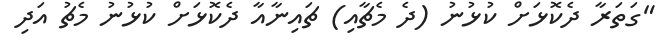
"ގަތަރާ ދެކޮޅަށް ކުޅުނު (ދެ މެޗާއި) ޗައިނާއާ ދެކޮޅަށް ކުޅުނު މެޗު އަދި